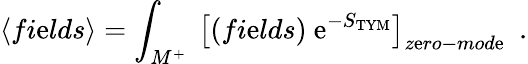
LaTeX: \left<fi\mathrm{e}lds\right>=\int_{M^{+}}\ \left[(fi\mathrm{e}lds)\ \mathrm{e}^{-S_{\mathrm{{TYM}}}}\right]_{z\mathrm{e}ro-mod\mathrm{e}}\ \ .